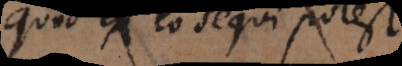
quod ex eo sequi potest.